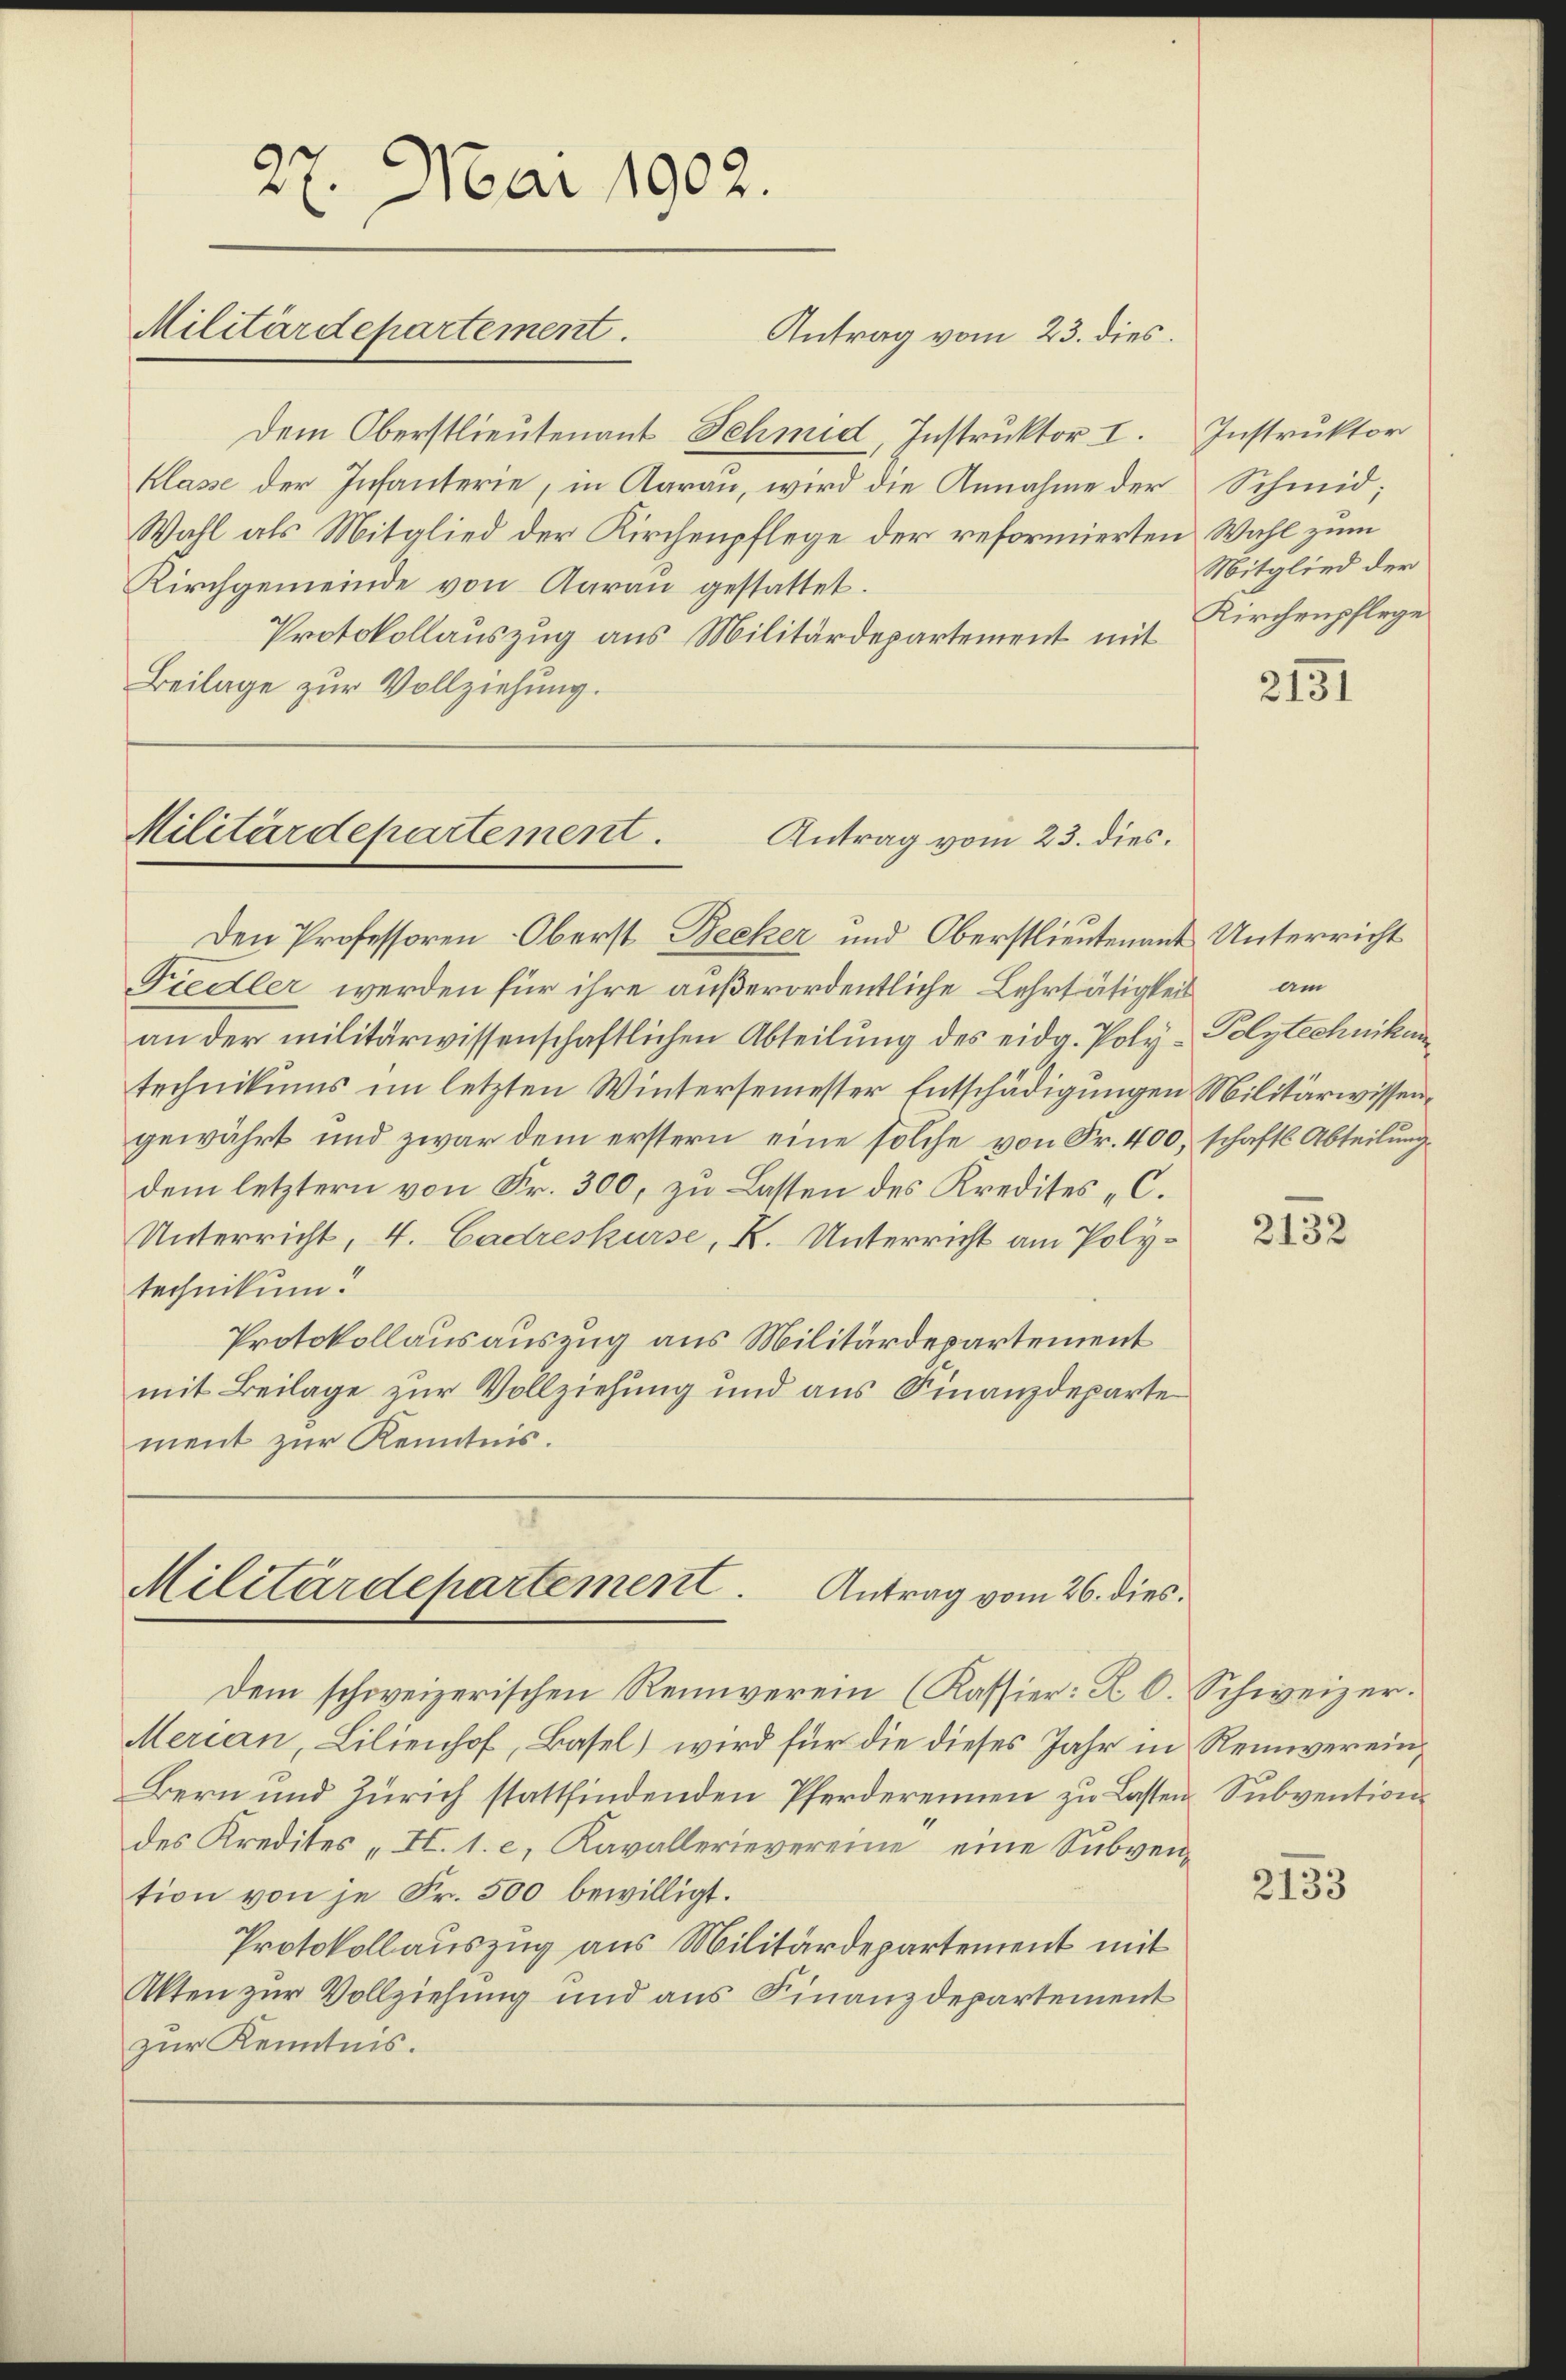
27. Mai 1902.
Militärdepartement.
Antrag vom 23. dies

Dem Oberstlieutenant Schmid, Instruktor I. Instruktor
Klasse der Infanterie, in Aarau, wird die Annahme der
Wahl als Mitglied der Kirchenpflege der reformierten Wahl zum
Kirchgemeinde von Aarau gestattet.
Protokollauszug aus Militärdepartement mit
Beilage zur Vollziehung.

Militärdepartement.
Antrag vom 23. dies.

Den Professoren Oberst Becker und Oberstlieutenant Unterricht
Fiedler werden für ihre außerordentliche Lehrtätigkeit
an der militärwissenschaftlichen Abteilŭng des eidg. Poly- Polytechnikan
technikums im letzten Wintersemester Entschädigungen Militärwissengewährt und zwar dem erstern eine solche von Fr. 400, schaftl. Abteilung
dem letztern von Fr. 300, zu Lasten des Kredites C.
Unterricht, 4. Cadreskurse, K. Unterricht am Polytechnikum.
Protokollausauszug aus Militärdepartement
mit Beilage zur Vollziehung und aus Finanzdeparte
ment zur Kenntnis.

Militärdepartement. Antrag vom 26. dies.

Dem schweizerischen Reinverein (Kassier: F. C.
Merian, Lilienhof, Basel) wird für die dieses Jahr in Reinverein¬
Bern und Zürich stattfindenden Pferderennen zu Lasten Subvention
des Kredites „II. 1. c. Kavallerievereine eine Subvention von je Fr. 500 bewilligt.
Protokollauszug aus Militärdepartement mit
Akten zur Vollziehung und aus Finanzdepartement
zur Kenntnis.

Schmid,
Mitglied der
Kirchenpflege

21351

am

2132

Schweizer.

2133